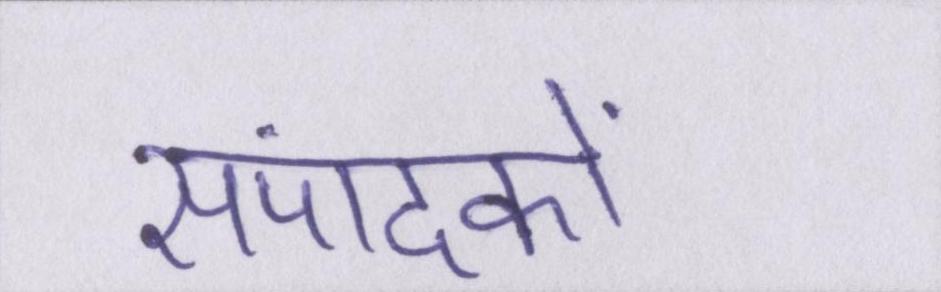
संपादकों